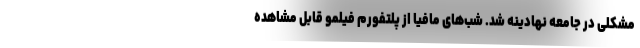
مشکلی در جامعه نهادینه شد. شب‌های مافیا از پلتفورم فیلمو قابل مشاهده